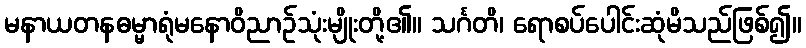
မနာယတနဓမ္မာရုံမနောဝိညာဉ်သုံးမျိုးတို့၏။ သင်္ဂတိ၊ ရောစပ်ပေါင်းဆုံမိသည်ဖြစ်၍။